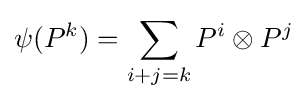
\psi (P^{k})=\sum _{i+j=k}P^{i}\otimes P^{j}